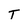
Character: T